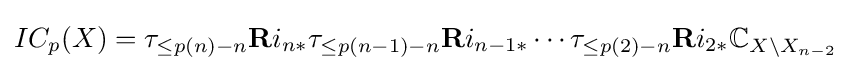
IC_{p}(X)=\tau _{\leq p(n)-n}\mathbf {R} i_{n*}\tau _{\leq p(n-1)-n}\mathbf {R} i_{n-1*}\cdots \tau _{\leq p(2)-n}\mathbf {R} i_{2*}\mathbb {C} _{X\setminus X_{n-2}}